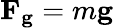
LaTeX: \mathbf{F_{g}}=m\mathbf{g}